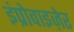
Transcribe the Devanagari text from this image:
इंप्रोवाइज़ेर